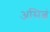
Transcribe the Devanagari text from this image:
असित्वं